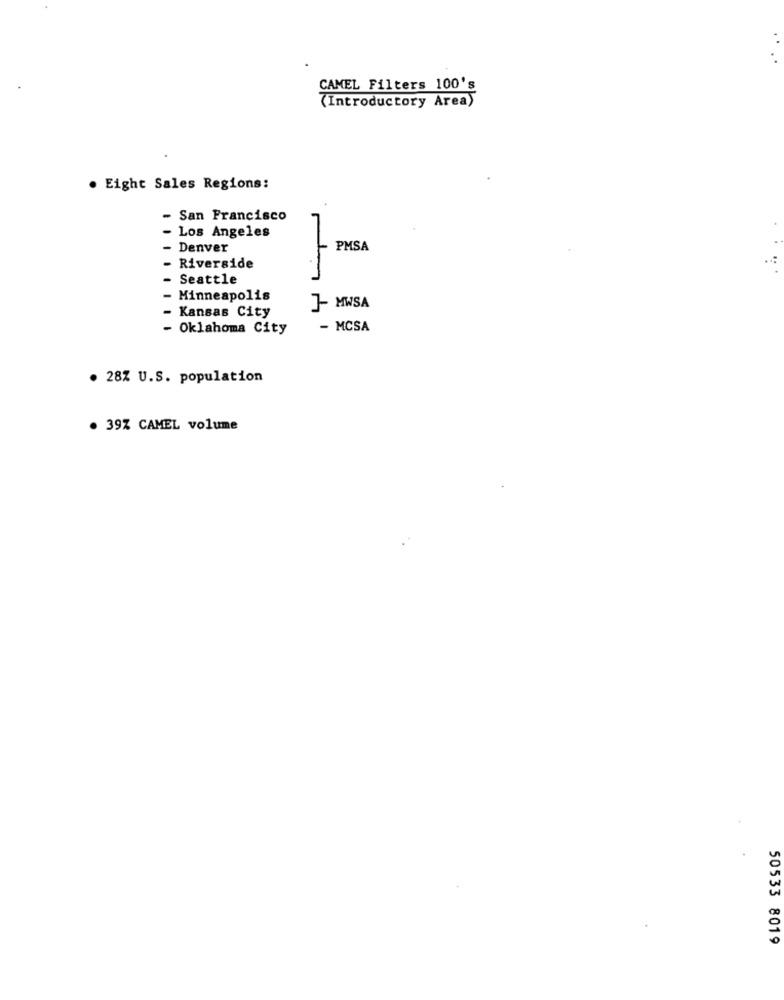
CAMEL Filters 100's
(Introductory Area)
. Eight Sales Regions:
- San Francisco
- Los Angeles
Denver
PMSA
Riverside
Seattle
Minneapolis
Kansas City
J- MWSA
- Oklahoma City
- MCSA
. 28% U.S. population
. 39% CAMEL volume
50533 8019